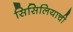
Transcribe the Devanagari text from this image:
सिसिलियाची